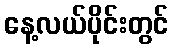
နေ့လယ်ပိုင်းတွင်